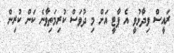
ރައީސް ވިދާޅުވީ އެ ޕާޓީ އަށް މި ދުވަސް ކުރިމަތިވާނެ ކަން ކުރިން